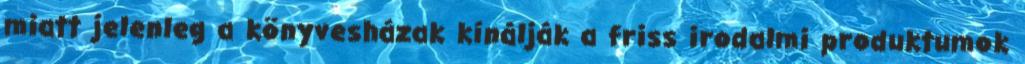
miatt jelenleg a könyvesházak kínálják a friss irodalmi produktumok